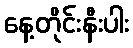
နေ့တိုင်းနီးပါး